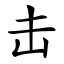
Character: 击